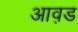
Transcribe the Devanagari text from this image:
आव़ड